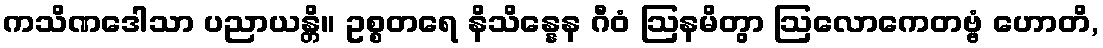
ကသိဏဒေါသာ ပညာယန္တိ။ ဥစ္စတရေ နိသိန္နေန ဂီဝံ ဩနမိတွာ ဩလောကေတဗ္ဗံ ဟောတိ,